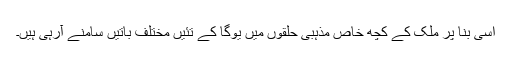
اسی بنا پر ملک کے کچھ خاص مذہبی حلقوں میں یوگا کے تئیں مختلف باتیں سامنے آرہی ہیں۔